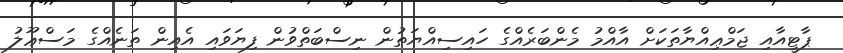
ޕާޓީއާއި ޖަމްޢިއްޔާތަކަށް އާއްމު މެންބަރެއްގެ ހައިސިއްޔަތުން ނިސްބަތްވުން ފިޔަވައި އެއިން ތަނެއްގެ މަސްޢޫލު